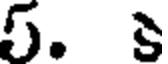
5. కి